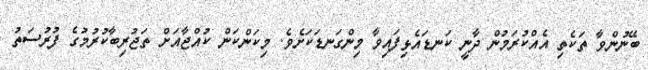
ބޭނުންވާ ތަކެތި އެއްކުރަމުން ދާނީ ކަނޑައެޅިފައިވާ މިންގަނޑަކަށެވެ. މިކަންކަން ކުއްޖާއަށް ތަޖުރިބާކުރުމުގެ ފުރުސަތު